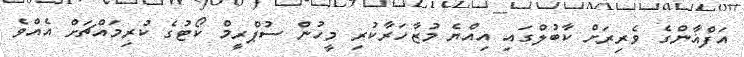
އަފްޣާންގެ ވެރިރަށް ކާބުލްގައި އިއްޔެ މުޒާހަރާކުރި މީހުން ސުޕްރީމް ކޯޓުގެ ކުރިމައްޗަށް އެއްވެ